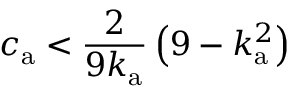
{ c _ { \mathrm { a } } < \frac { 2 } { 9 k _ { \mathrm { a } } } \left( 9 - k _ { \mathrm { a } } ^ { 2 } \right) }